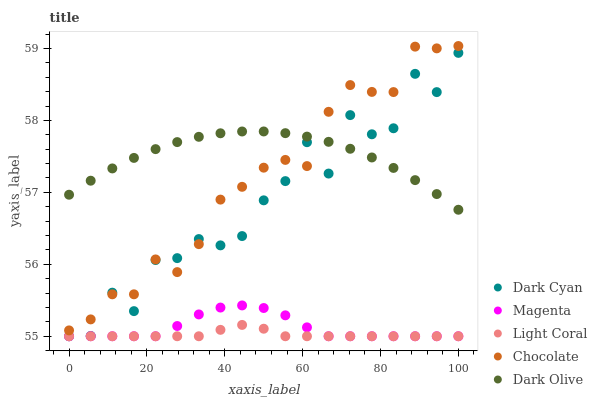
| xaxis_label | Dark Cyan | Magenta | Light Coral | Chocolate | Dark Olive |
 | --- | --- | --- | --- | --- | --- |
 | 0 | 55 | 55 | 55 | 55.1 | 57 |
 | 5.56 | 55 | 55 | 55 | 55.2 | 57.2 |
 | 11.1 | 55.6 | 55 | 55 | 55.6 | 57.3 |
 | 16.7 | 55.3 | 55 | 55 | 55.6 | 57.5 |
 | 22.2 | 56.1 | 55 | 55 | 56.1 | 57.6 |
 | 27.8 | 56.1 | 55.1 | 55 | 55.9 | 57.7 |
 | 33.3 | 56.4 | 55.3 | 55 | 56.3 | 57.8 |
 | 38.9 | 56.3 | 55.4 | 55.1 | 56.9 | 57.8 |
 | 44.4 | 56.4 | 55.4 | 55.2 | 57.1 | 57.8 |
 | 50 | 56.9 | 55.4 | 55.1 | 57.3 | 57.8 |
 | 55.6 | 57.2 | 55.3 | 55 | 57.5 | 57.8 |
 | 61.1 | 57.7 | 55.1 | 55 | 57.4 | 57.8 |
 | 66.7 | 57.3 | 55 | 55 | 58.1 | 57.7 |
 | 72.2 | 58.1 | 55 | 55 | 58.5 | 57.6 |
 | 77.8 | 57.8 | 55 | 55 | 58.4 | 57.5 |
 | 83.3 | 57.9 | 55 | 55 | 58.4 | 57.3 |
 | 88.9 | 58.6 | 55 | 55 | 59 | 57.2 |
 | 94.4 | 58.4 | 55 | 55 | 59 | 57 |
 | 100 | 58.9 | 55 | 55 | 59 | 56.8 |